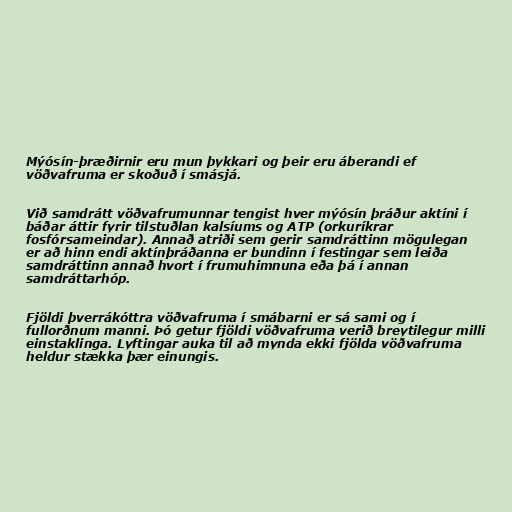
Mýósín-þræðirnir eru mun þykkari og þeir eru áberandi ef
vöðvafruma er skoðuð í smásjá.

Við samdrátt vöðvafrumunnar tengist hver mýósín þráður aktíni í
báðar áttir fyrir tilstuðlan kalsíums og ATP (orkuríkrar
fosfórsameindar). Annað atriði sem gerir samdráttinn mögulegan
er að hinn endi aktínþráðanna er bundinn í festingar sem leiða
samdráttinn annað hvort í frumuhimnuna eða þá í annan
samdráttarhóp.

Fjöldi þverrákóttra vöðvafruma í smábarni er sá sami og í
fullorðnum manni. Þó getur fjöldi vöðvafruma verið breytilegur milli
einstaklinga. Lyftingar auka til að mynda ekki fjölda vöðvafruma
heldur stækka þær einungis.